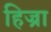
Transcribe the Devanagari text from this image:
हिज्रा